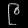
Digit: ၉